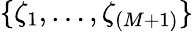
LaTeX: \{ \zeta_{1},\dots,\zeta_{{(M+1)}}\}